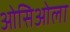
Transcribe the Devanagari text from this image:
ओसिओला